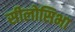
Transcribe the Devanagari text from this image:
सीलोसिभा